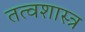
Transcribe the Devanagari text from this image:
तत्वशास्त्र